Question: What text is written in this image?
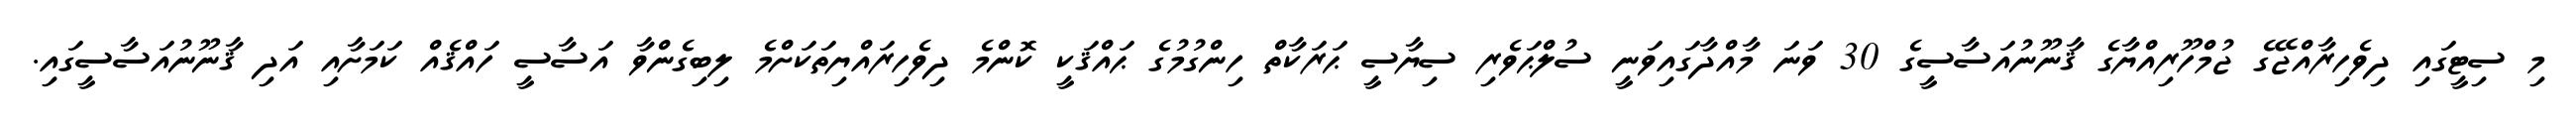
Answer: މި ސިޓީގައި ދިވެހިރާއްޖޭގެ ޖުމްހޫރިއްޔާގެ ޤާނޫނުއަސާސީގެ 30 ވަނަ މާއްދާގައިވަނީ ސުލްޙަވެރި ސިޔާސީ ޙަރަކާތް ހިންގުމުގެ ޙައްޤަކީ ކޮންމެ ދިވެހިރައްޔިތަކަށްމެ ލިބިގެންވާ އަސާސީ ހައްޤެއް ކަމަށާއި އަދި ޤާނޫނުއަސާސީގައި.